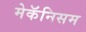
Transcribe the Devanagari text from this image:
मेकॅनिसम